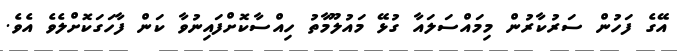
އޭގެ ފަހުން ސަރުކާރުން މިމައްސަލައާ ގުޅޭ މައުލޫމާތު ހިއްސާކޮށްފައިނުވާ ކަން ފާހަގަކޮށްލެވެ އެވެ.